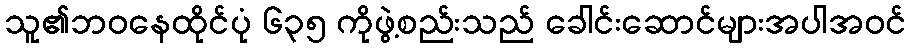
သူ၏ဘဝနေထိုင်ပုံ ၆၃၅ ကိုဖွဲ့စည်းသည် ခေါင်းဆောင်များအပါအဝင်